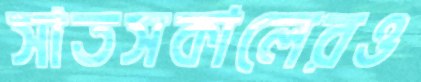
সাতসকালেরও